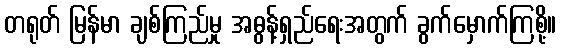
တရုတ် မြန်မာ ချစ်ကြည်မှု အဓွန့်ရှည်ရေးအတွက် ခွက်မှောက်ကြစို့။